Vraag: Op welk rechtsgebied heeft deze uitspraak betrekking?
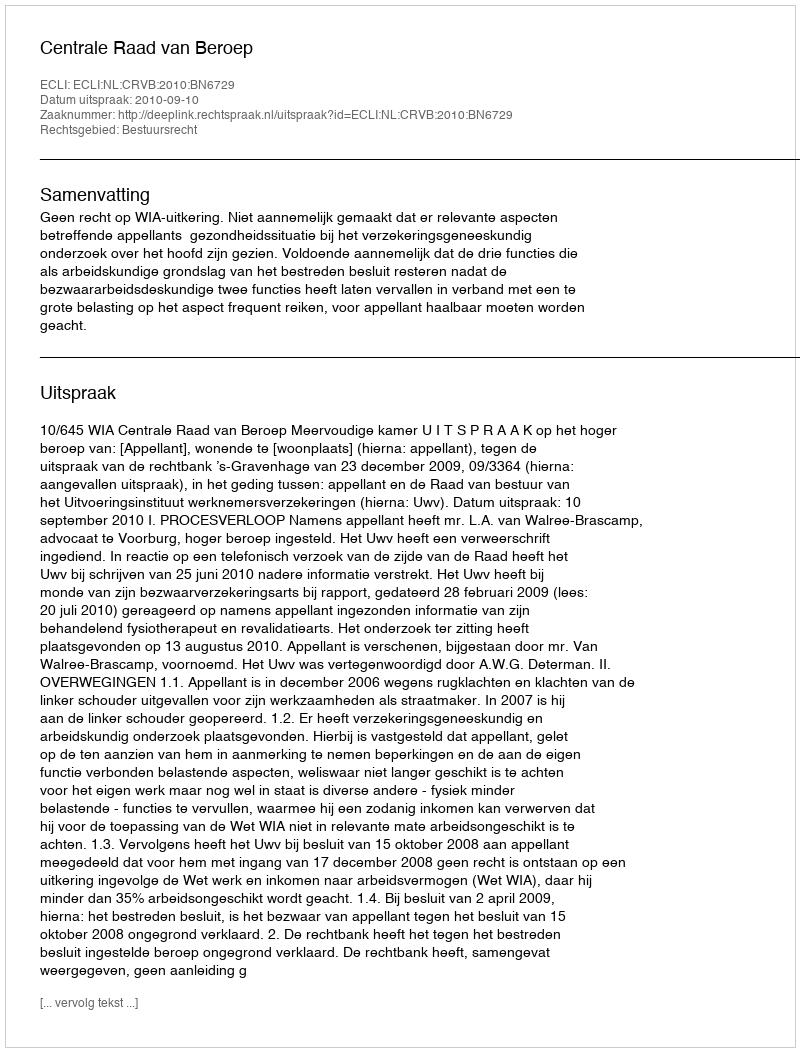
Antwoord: Bestuursrecht